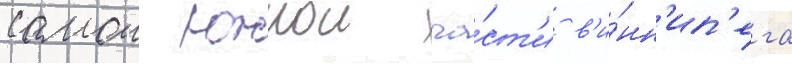
самои южнои ча́ст'и в'и́нн'ип'ега